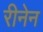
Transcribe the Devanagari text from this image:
रीनेन